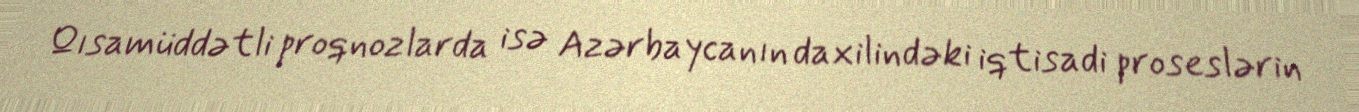
Qısamüddətli proqnozlarda isə Azərbaycanın daxilindəki iqtisadi proseslərin